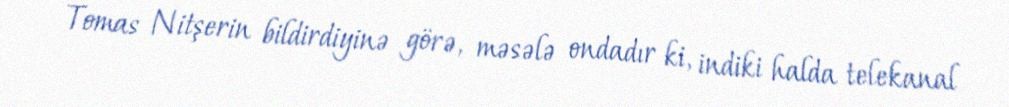
Tomas Nitşerin bildirdiyinə görə, məsələ ondadır ki, indiki halda telekanal